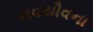
નવયૌવના